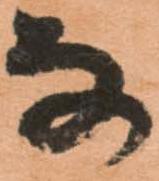
な